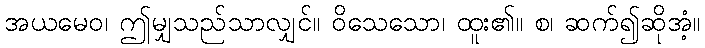
အယမေဝ၊ ဤမျှသည်သာလျှင်။ ဝိသေသော၊ ထူး၏။ စ၊ ဆက်၍ဆိုအံ့။